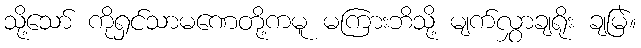
သို့သော် ကိုရှင်သာမဏေတို့ကမူ မကြားဘိသို့ မျက်လွှာချရိုး ချမြဲ။